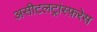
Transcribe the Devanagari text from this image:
असीटलट्रांस्फ़रेस